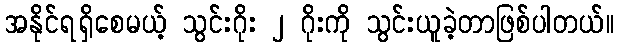
အနိုင်ရရှိစေမယ့် သွင်းဂိုး ၂ ဂိုးကို သွင်းယူခဲ့တာဖြစ်ပါတယ်။